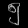
Digit: ၅